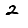
Digit: 2